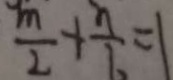
\frac { m } { 2 } + \frac { n } { 7 \cdot } = 1